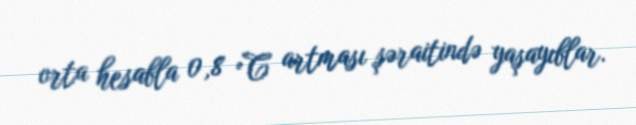
orta hesabla 0,8 °C artması şəraitində yaşayıblar.